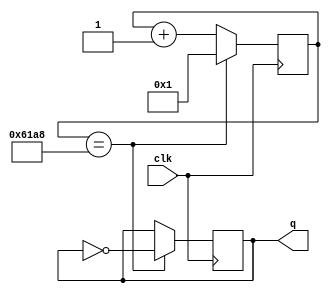
module M(clk, q);

    // Inputs
    input clk;

    // Outputs
    output reg q = 1'b0;
    
    // Temporary counter
    reg [14:0] temp = 0;

    // Logic for toggling the output
    always @(posedge clk) begin
        if (temp == 25000) begin
            temp <= 1;
            q <= ~q;
        end
        else begin
            temp <= temp + 1;
        end
    end

endmodule